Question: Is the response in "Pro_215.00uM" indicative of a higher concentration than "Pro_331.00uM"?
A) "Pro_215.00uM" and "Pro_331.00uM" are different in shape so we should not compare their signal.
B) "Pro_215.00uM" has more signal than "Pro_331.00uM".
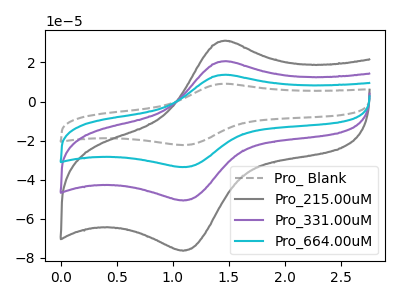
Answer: <think>The gray dashed curve "Pro_ Blank" has an anodic peak at (1.50V, 61.75uA) and a cathodic peak at (1.10V, -152.25uA). The gray curve "Pro_215.00uM" has an anodic peak at (1.50V, 31.00uA) and a cathodic peak at (1.10V, -76.50uA). The purple curve "Pro_331.00uM" has an anodic peak at (1.50V, 20.60uA) and a cathodic peak at (1.10V, -50.75uA). The cyan curve "Pro_664.00uM" has an anodic peak at (1.50V, 41.15uA) and a cathodic peak at (1.10V, -101.50uA).
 All the peaks in "Pro_215.00uM" have a peak in "Pro_331.00uM" at the same potential. Every peak in "Pro_215.00uM" is higher than every peak in "Pro_331.00uM".</think>
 <answer>B) "Pro_215.00uM" has more signal than "Pro_331.00uM".</answer>
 <eval>B</eval>